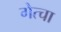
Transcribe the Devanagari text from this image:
गेत्चा